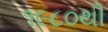
૧૯૮૦થી